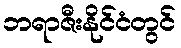
ဘရာဇီးနိုင်ငံတွင်